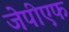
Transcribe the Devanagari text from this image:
जेपीएफ